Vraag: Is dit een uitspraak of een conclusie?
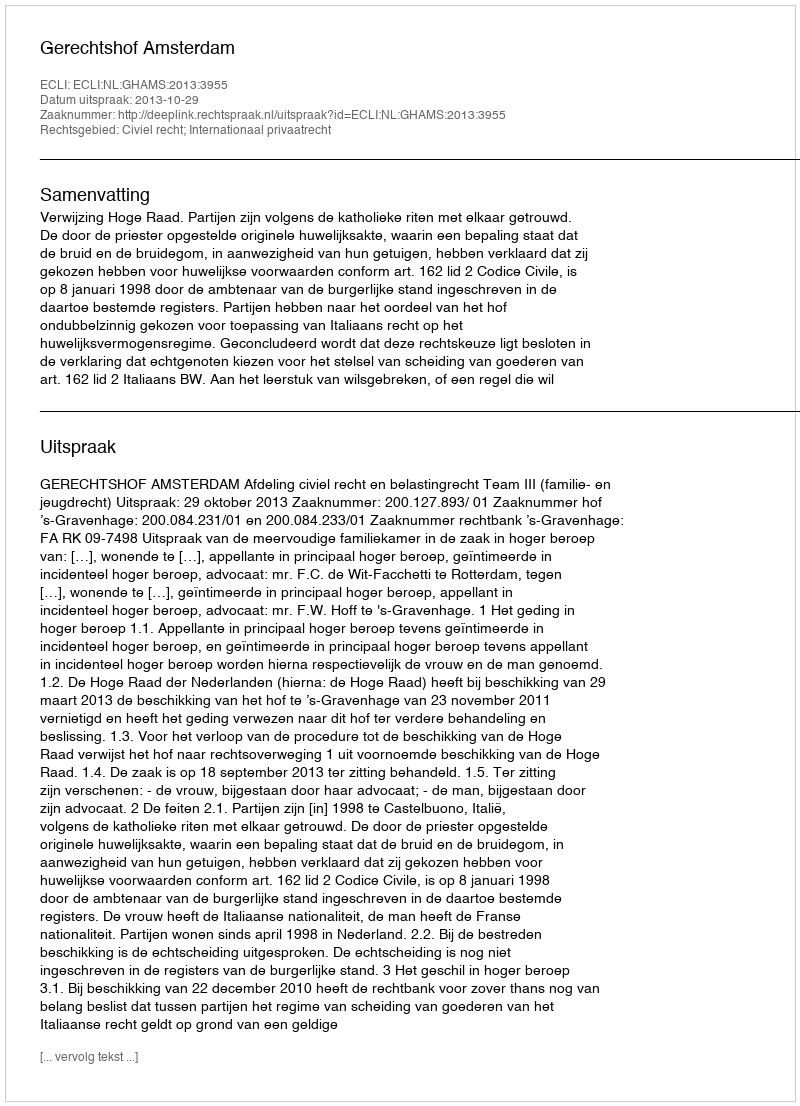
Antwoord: Uitspraak